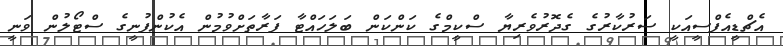
އެޗްޑީއެފްސީއަކީ ސަރުކާރުގެ ގެދޮރުވެރިޔާ ސްކީމްގެ ކަންކަން ބަލަހައްޓާ ފަރާތަށްވުމުން އެކުންފުނީގެ ސްޓޯލުން ވަނީ